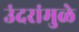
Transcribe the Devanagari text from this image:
उंदरांमुळे